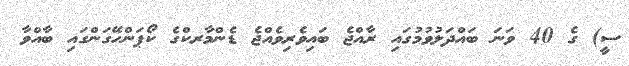
ސީ) ގެ 40 ވަނަ ބައްދަލުވުމުގައި ރާއްޖެ ބައިވެރިވެއްޖެ ޑެންމާރކްގެ ކޯޕަންހޭގަންގައި ބާއްވާ